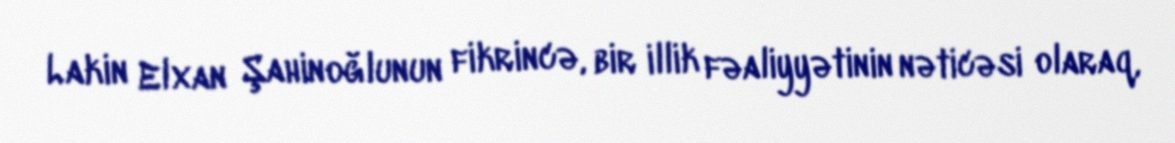
Lakin Elxan Şahinoğlunun fikrincə, bir illik fəaliyyətinin nəticəsi olaraq,